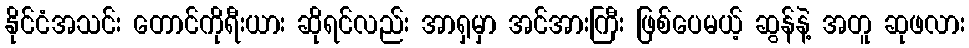
နိုင်ငံအသင်း တောင်ကိုရီးယား ဆိုရင်လည်း အာရှမှာ အင်အားကြီး ဖြစ်ပေမယ့် ဆွန်နဲ့ အတူ ဆုဖလား